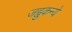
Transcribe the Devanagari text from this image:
जह्नुकन्ये